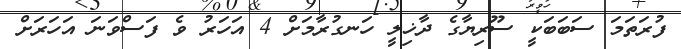
ފުރަތަމަ ސަބަބަކީ ސޫރިޔާގެ ދާޚިލީ ހަނގުރާމަަށް 4 އަހަރު ވެ ފަސްވަނަ އަހަރަށް